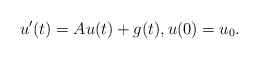
\begin{align*}u'(t) = A u(t) + g(t), u(0) = u_0.\end{align*}